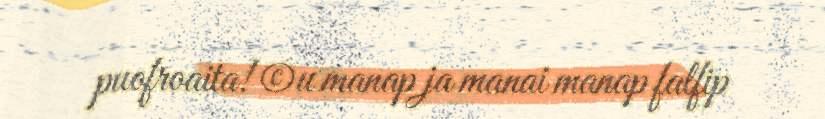
puofroaita! ©u manap ja manai manap falfip